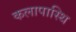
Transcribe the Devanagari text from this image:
कलापास्थि